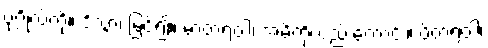
ပုဂ္ဂိုလ်ကို။ ဒိသွာ၊ မြင်၍။ မာတရံဝါ၊ အမိကိုလည်းကောင်း။ ပိတရံဝါ၊